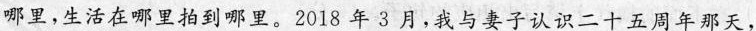
哪里,生活在哪里拍到哪里。2018年3月，我与妻子认识二十五周年那天，